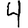
Digit: 4